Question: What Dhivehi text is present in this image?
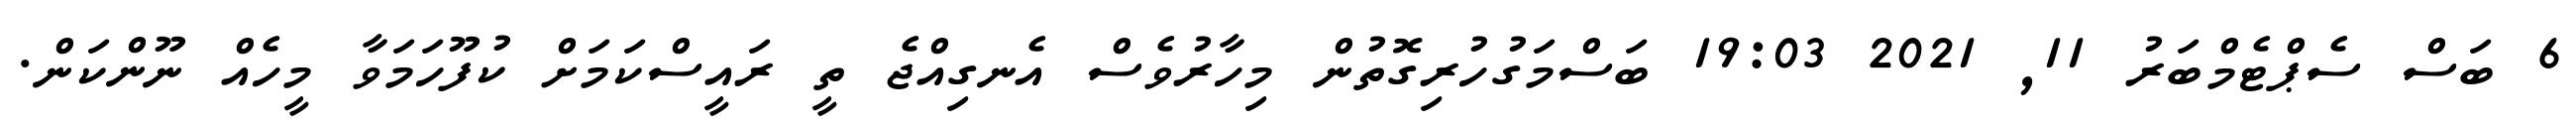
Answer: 6 ބަސް ސެޕްޓެމްބަރު 11, 2021 19:03 ބަސްމަގުހުރިގޮތުން މިހާރުވެސް އެނގިއްޖެ ތީ ރައީސްކަމަށް ކުފޫހަމަވާ މީހެއް ނޫންކަން.